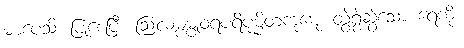
မာပေသိ၊ ပြုစေပြီ။ ဩလမ္ပမ္ပုဝရပရိပုမ္ပိတကုဋေ၊ တွဲရွဲဆွဲသော ရေကို